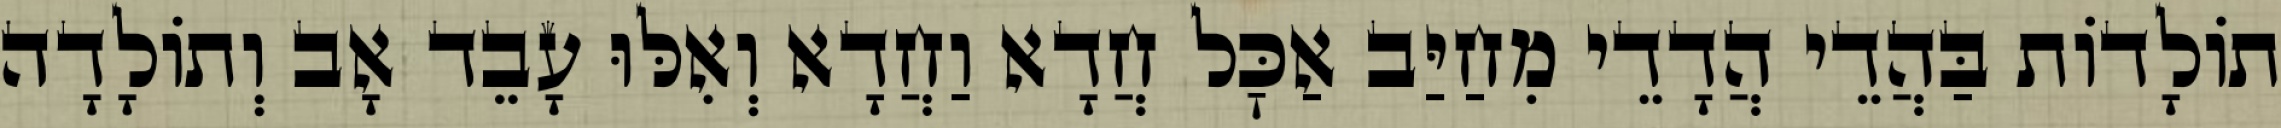
תוֹלָדוֹת בַּהֲדֵי הֲדָדֵי מִחַיַּב אַכׇּל חֲדָא וַחֲדָא וְאִלּוּ עָבֵד אָב וְתוֹלָדָה